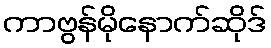
ကာဗွန်မိုနောက်ဆိုဒ်